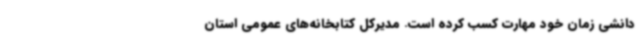
دانشی زمان خود مهارت کسب کرده است. مدیرکل کتابخانه‌های عمومی استان